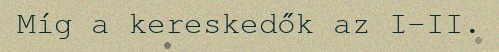
Míg a kereskedők az I-II.